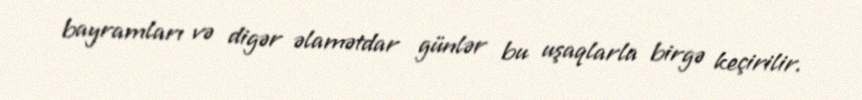
bayramları və digər əlamətdar günlər bu uşaqlarla birgə keçirilir.